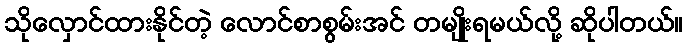
သိုလှောင်ထားနိုင်တဲ့ လောင်စာစွမ်းအင် တမျိုးရမယ်လို့ ဆိုပါတယ်။